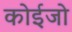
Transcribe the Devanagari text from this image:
कोईजो